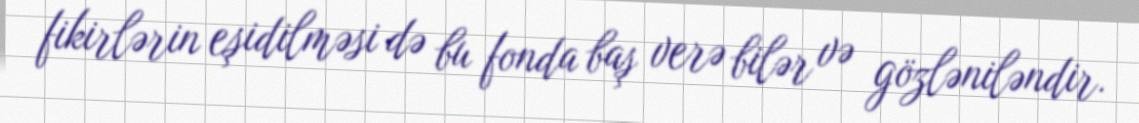
fikirlərin eşidilməsi də bu fonda baş verə bilər və gözləniləndir.